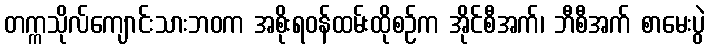
တက္ကသိုလ်ကျောင်းသားဘဝက အစိုးရဝန်ထမ်းထိုစဉ်က အိုင်စီအက်၊ ဘီစီအက် စာမေးပွဲ